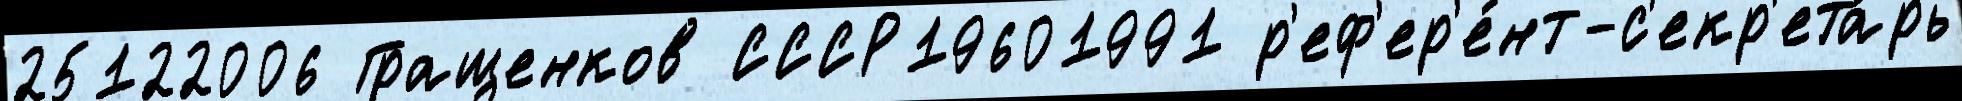
25122006 Гращенков СССР19601991 р'еф'ер'е́нт-с'екр'ета́рь